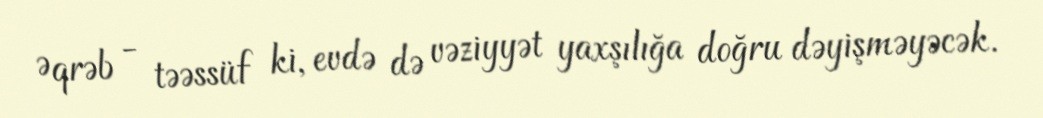
Əqrəb - təəssüf ki, evdə də vəziyyət yaxşılığa doğru dəyişməyəcək.